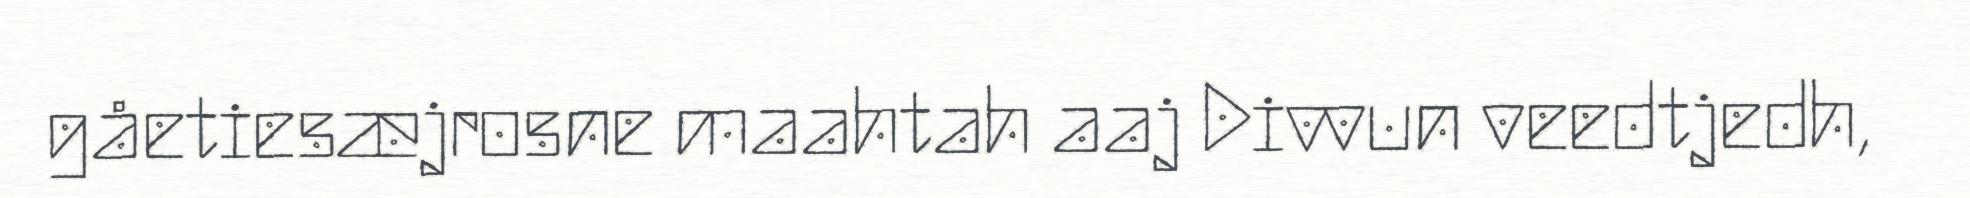
gåetiesæjrosne maahtah aaj Divvun veedtjedh,